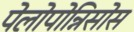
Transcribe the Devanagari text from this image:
पेलोपोन्निसोस